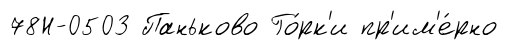
78Н-0503 Паньково Го́рк'и пр'им'е́рно